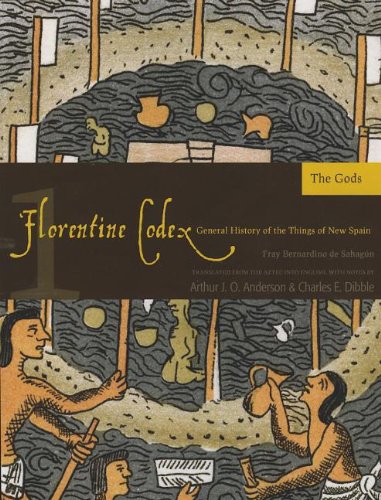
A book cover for Florentine Codex: Book 1: Book 1: The Gods (Florentine Codex: General History of the Things of New Spain); Bernardino de Sahagun; History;